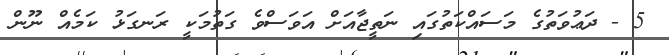
5 - ދަޢުވަތުގެ މަސައްކަތުގައި ނަތީޖާއަށް އަވަސްވެ ގަތުމަކީ ރަނގަޅު ކަމެއް ނޫން